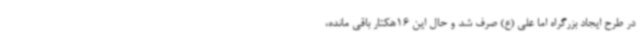
در طرح ایجاد بزرگراه اما علی (ع) صرف شد و حال این 16هکتار باقی مانده،